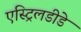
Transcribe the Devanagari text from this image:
एस्ट्रिलडीडे